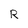
Character: R